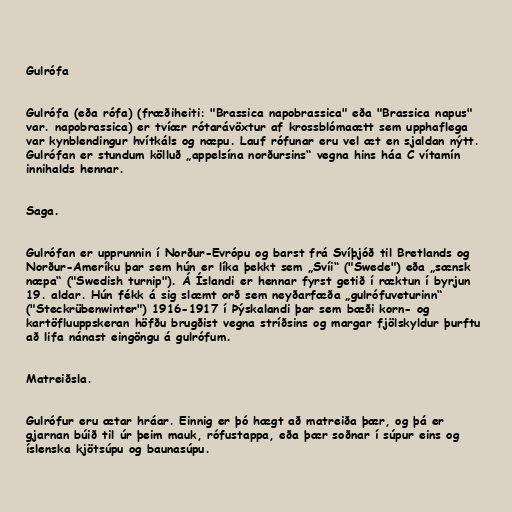
Gulrófa

Gulrófa (eða rófa) (fræðiheiti: "Brassica napobrassica" eða "Brassica napus"
var. napobrassica) er tvíær rótarávöxtur af krossblómaætt sem upphaflega
var kynblendingur hvítkáls og næpu. Lauf rófunar eru vel æt en sjaldan nýtt.
Gulrófan er stundum kölluð „appelsína norðursins“ vegna hins háa C vítamín
innihalds hennar.

Saga.

Gulrófan er upprunnin í Norður-Evrópu og barst frá Svíþjóð til Bretlands og
Norður-Ameríku þar sem hún er líka þekkt sem „Svíi“ ("Swede") eða „sænsk
næpa“ ("Swedish turnip"). Á Íslandi er hennar fyrst getið í ræktun í byrjun
19. aldar. Hún fékk á sig slæmt orð sem neyðarfæða „gulrófuveturinn“
("Steckrübenwinter") 1916-1917 í Þýskalandi þar sem bæði korn- og
kartöfluuppskeran höfðu brugðist vegna stríðsins og margar fjölskyldur þurftu
að lifa nánast eingöngu á gulrófum.

Matreiðsla.

Gulrófur eru ætar hráar. Einnig er þó hægt að matreiða þær, og þá er
gjarnan búið til úr þeim mauk, rófustappa, eða þær soðnar í súpur eins og
íslenska kjötsúpu og baunasúpu.